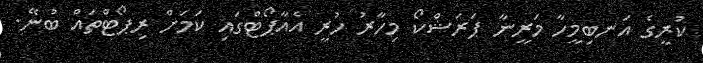
ކުރީގެ އަނބިމީހާ މަރީނާ ޕަރަޝްކޯ މިހާރު ހުރީ އެއާޕޯޓްގައި ކަމަށް ރިޕޯޓްތައް ބުނޭ.